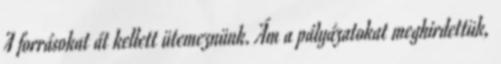
A forrásokat át kellett ütemeznünk. Ám a pályázatokat meghirdettük,